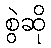
စွဲဆို